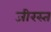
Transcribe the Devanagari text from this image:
जीरस्त